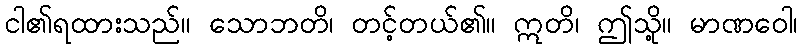
ငါ၏ရထားသည်။ သောဘတိ၊ တင့်တယ်၏။ ဣတိ၊ ဤသို့။ မာဏဝေါ၊